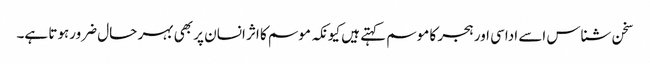
سخن شناس اسے اداسی اور ہجر کا موسم کہتے ہیں کیونکہ موسم کا اثر انسان پر بھی بہر حال ضرورہوتا ہے۔